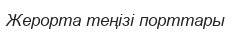
Жерорта теңізі порттары